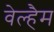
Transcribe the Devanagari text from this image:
वेल्हैम